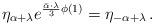
LaTeX: \begin{align*}\eta_{\alpha+\lambda}e^{{\bar\alpha\cdot\lambda\over 3}\phi(1)}=\eta_{-\alpha+\lambda}\,.\end{align*}